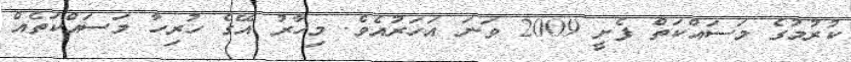
ކުރުމުގެ މަސައްކަތް ފެށީ 2009 ވަނަ އަހަރުއެވެ. މިހާރު އޭގެ ހުރިހާ މަސައްކަތެއް